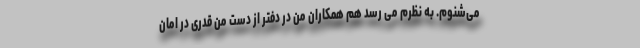
می‌شنوم. به نظرم می رسد هم همکاران من در دفتر از دست من قدری در امان